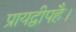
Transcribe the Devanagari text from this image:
प्रायद्वीपहै।